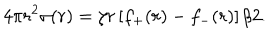
LaTeX: 4 \pi r ^ { 2 } \sigma ( r ) = \zeta r \left[ f _ { + } ( r ) - f _ { - } ( r ) \right] / 2 .